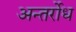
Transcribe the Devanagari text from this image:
अन्तर्रोध